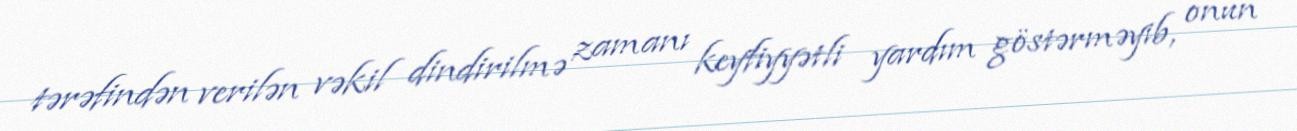
tərəfindən verilən vəkil dindirilmə zamanı keyfiyyətli yardım göstərməyib, onun